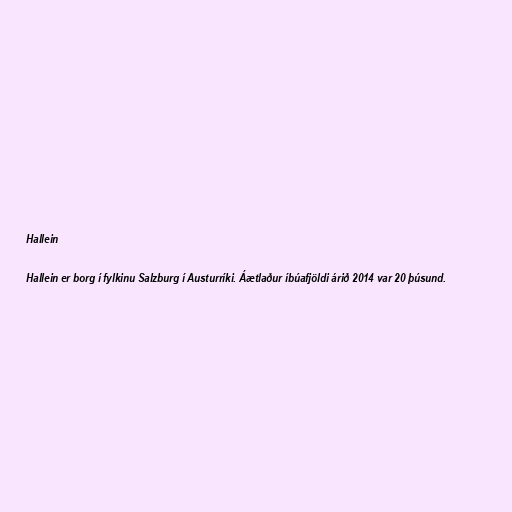
Hallein

Hallein er borg í fylkinu Salzburg í Austurríki. Áætlaður íbúafjöldi árið 2014 var 20 þúsund.